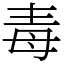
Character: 毒